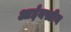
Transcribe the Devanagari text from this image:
आईनस्टीन